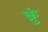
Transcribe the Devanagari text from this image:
क्रुं